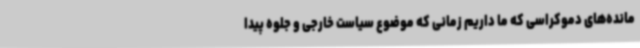
مانده‌های دموکراسی که ما داریم زمانی که موضوع سیاست خارجی و جلوه پیدا